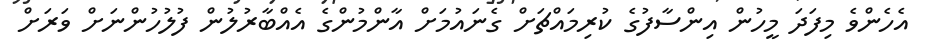
އެހެންވެ މިފަދަ މީހުން އިންސާފުގެ ކުރިމައްޗަށް ގެނައުމަށް އާންމުންގެ އެއްބާރުލުން ފުލުހުންނަށް ވަރަށް